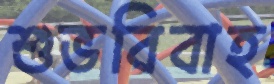
শুভবিবাহ